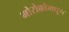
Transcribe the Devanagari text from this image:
मोरोक्कोमधून